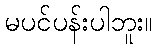
မပင်ပန်းပါဘူး။